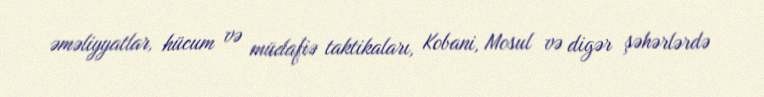
əməliyyatlar, hücum və müdafiə taktikaları, Kobani, Mosul və digər şəhərlərdə